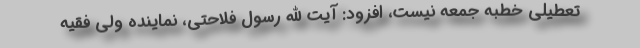
تعطیلی خطبه جمعه نیست، افزود: آیت الله رسول فلاحتی، نماینده ولی فقیه